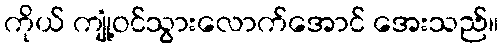
ကိုယ် ကျုံ့ဝင်သွားလောက်အောင် အေးသည်။